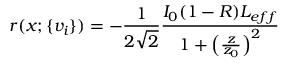
r ( x ; \{ v _ { i } \} ) = - \frac { 1 } { 2 \sqrt { 2 } } \frac { I _ { 0 } ( 1 - R ) L _ { e f f } } { 1 + \left( \frac { z } { z _ { 0 } } \right) ^ { 2 } }